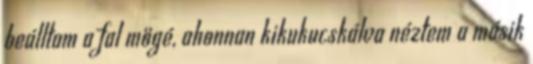
beálltam a fal mögé, ahonnan kikukucskálva néztem a másik